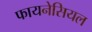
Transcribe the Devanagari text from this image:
फायनेसियल